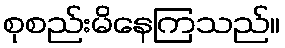
စုစည်းမိနေကြသည်။